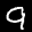
Label: 9